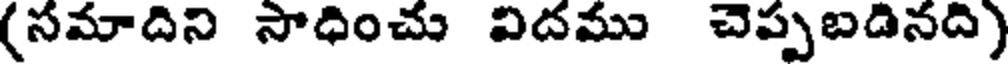
(సమాదిని సాధించు విదము చెప్పబడినది)